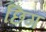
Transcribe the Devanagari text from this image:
छिग